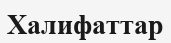
Халифаттар